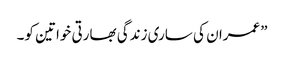
”عمران کی ساری زندگی بھارتی خواتین کو۔